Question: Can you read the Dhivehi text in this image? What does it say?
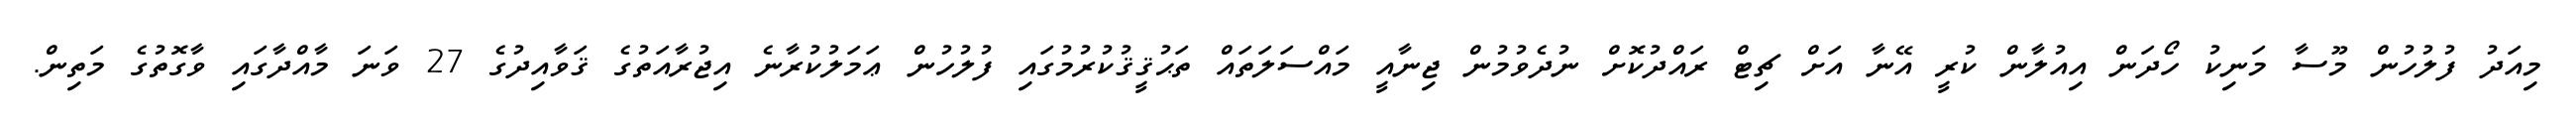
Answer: މިއަދު ފުލުހުން މޫސާ މަނިކު ހޯދަން އިއުލާން ކުރީ އޭނާ އަށް ޗިޓް ރައްދުކޮށް ނުދެވުމުން ޖިނާއީ މައްސަލަތައް ތަޙުޤީޤުކުރުމުގައި ފުލުހުން ޢަމަލުކުރާނެ އިޖުރާއަތުގެ ޤަވާއިދުގެ 27 ވަނަ މާއްދާގައި ވާގޮތުގެ މަތިން.